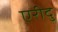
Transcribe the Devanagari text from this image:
एरीदु